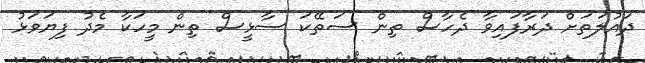
ދައުލަތަށް ދަރާފައިވާ ދެހާސް ތިން ސަތޭކަ ސާޅީސް ތިން މީހަކާ މެދު ފިޔަވަޅު